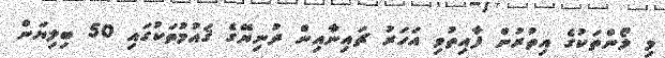
މި ލޯންތަކުގެ އިތުރުން ފާއިތުވި އަހަރު ޗައިނާއިން ދުނިޔޭގެ ޤައުމުތަކުގައި 50 ބިލިޔަން